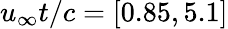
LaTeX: u_{\infty}t/c=[0.85,5.1]